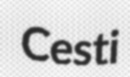
Cesti